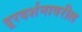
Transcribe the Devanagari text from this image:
दूरदर्शनावरील